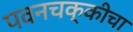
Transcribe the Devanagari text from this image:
पवनचक्कीचा